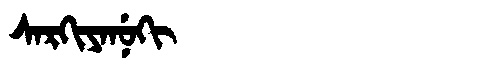
Manchu: ᠰᠠᡵᡴᡳᠶᠠᠨᡠᡴᡳ
Romanization: SARKIYANUKI